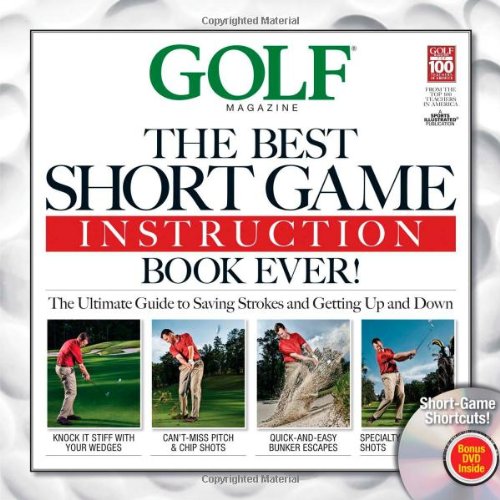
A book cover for Golf: The Best Short Game Instruction Book Ever!; Editors of Golf Magazine; Literature & Fiction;